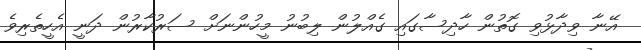
އޭނާ ވިދާޅުވި ގޮތުން ހާދިސާގައި ގެއްލުން ލިބުނު މީހުންނަށް ސަރުކާރުން ދަނީ އެހީތެރިވެ